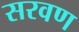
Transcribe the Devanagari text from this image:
सरवण